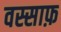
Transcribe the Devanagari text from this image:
वस्साफ़